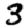
Digit: 3